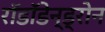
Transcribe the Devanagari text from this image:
रॉडॉडेन्ड्रोन